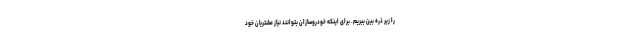
را زیر ذره بین ببریم. برای اینکه خودروسازان بتوانند نیاز مشتریان خود